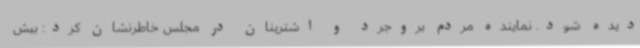
دیده شود. نماینده مردم بروجرد و اشترینان در مجلس خاطرنشان کرد: بیش